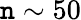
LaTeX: \mathtt{n}\sim50